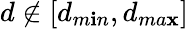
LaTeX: d\notin[d_{m\mathbf{i}n},d_{ma\mathbf{x}}]